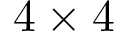
4 \times 4